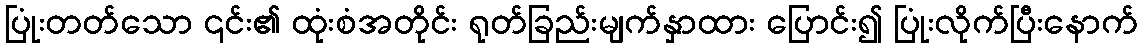
ပြုံးတတ်သော ၎င်း၏ ထုံးစံအတိုင်း ရုတ်ခြည်းမျက်နှာထား ပြောင်း၍ ပြုံးလိုက်ပြီးနောက်